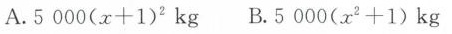
A.$$5 0 0 0 ( x + 1 ) ^ { 2 }$$ kg B.$$5 0 0 0 ( x ^ { 2 } + 1 )$$ kg